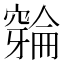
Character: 𫁛